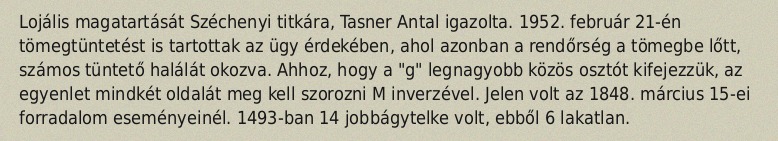
Lojális magatartását Széchenyi titkára, Tasner Antal igazolta. 1952. február 21-én tömegtüntetést is tartottak az ügy érdekében, ahol azonban a rendőrség a tömegbe lőtt, számos tüntető halálát okozva. Ahhoz, hogy a "g" legnagyobb közös osztót kifejezzük, az egyenlet mindkét oldalát meg kell szorozni M inverzével. Jelen volt az 1848. március 15-ei forradalom eseményeinél. 1493-ban 14 jobbágytelke volt, ebből 6 lakatlan.